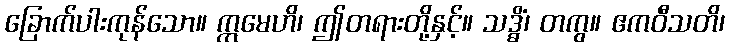
ခြောက်ပါးကုန်သော။ ဣမေဟိ၊ ဤတရားတို့နှင့်။ သဒ္ဓိံ၊ တကွ။ ဧကဝီသတိ၊